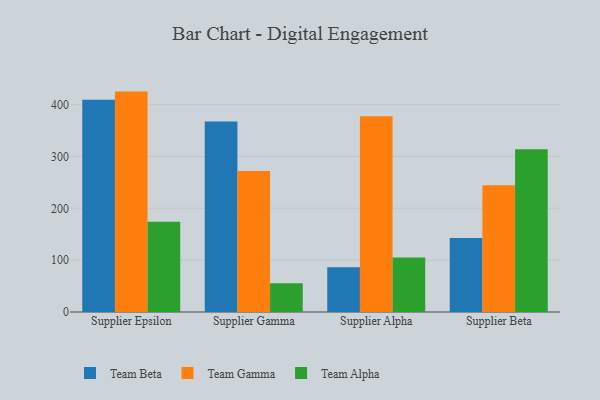
{"axis": {"x": "Supplier", "y": "Shipments"}, "legend": ["Team Alpha", "Team Beta", "Team Gamma"], "data": [{"x": "Supplier Epsilon", "y": 409.6, "type": "Team Beta"}, {"x": "Supplier Epsilon", "y": 425.1, "type": "Team Gamma"}, {"x": "Supplier Epsilon", "y": 174.2, "type": "Team Alpha"}, {"x": "Supplier Gamma", "y": 367.6, "type": "Team Beta"}, {"x": "Supplier Gamma", "y": 272.0, "type": "Team Gamma"}, {"x": "Supplier Gamma", "y": 55.5, "type": "Team Alpha"}, {"x": "Supplier Alpha", "y": 86.5, "type": "Team Beta"}, {"x": "Supplier Alpha", "y": 377.7, "type": "Team Gamma"}, {"x": "Supplier Alpha", "y": 105.1, "type": "Team Alpha"}, {"x": "Supplier Beta", "y": 142.7, "type": "Team Beta"}, {"x": "Supplier Beta", "y": 244.4, "type": "Team Gamma"}, {"x": "Supplier Beta", "y": 314.1, "type": "Team Alpha"}]}